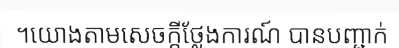
។យោងតាមសេចក្តីថ្លែងការណ៍ បានបញ្ជាក់